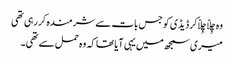
وہ چِلّا چِلّاکر ڈیڈی کو جس بات سے شرمندہ کررہی تھی
میری سمجھ میں یہی آیا تھا کہ وہ حمل سے تھی ۔